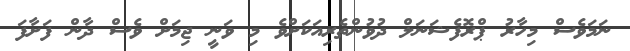
ނަމަވެސް މިހާރު ޕްރޮފެޝަނަލް ދުވުންތެރިއަކަށްވެ މި ވަނީ ޖިމަށް ވެސް ދާން ފަށާފަ